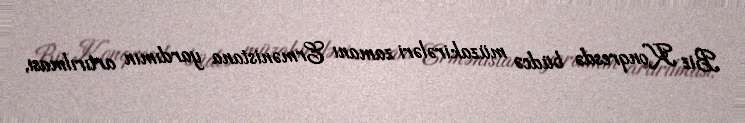
Biz Konqresdə büdcə müzakirələri zamanı Ermənistana yardımın artırılması,